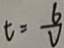
t = \frac { 6 } { V }